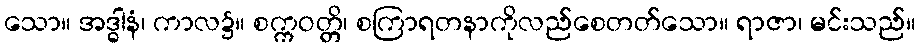
သော။ အဒ္ဓါနံ၊ ကာလ၌။ စက္ကဝတ္တိ၊ စကြာရတနာကိုလည်စေတတ်သော။ ရာဇာ၊ မင်းသည်။